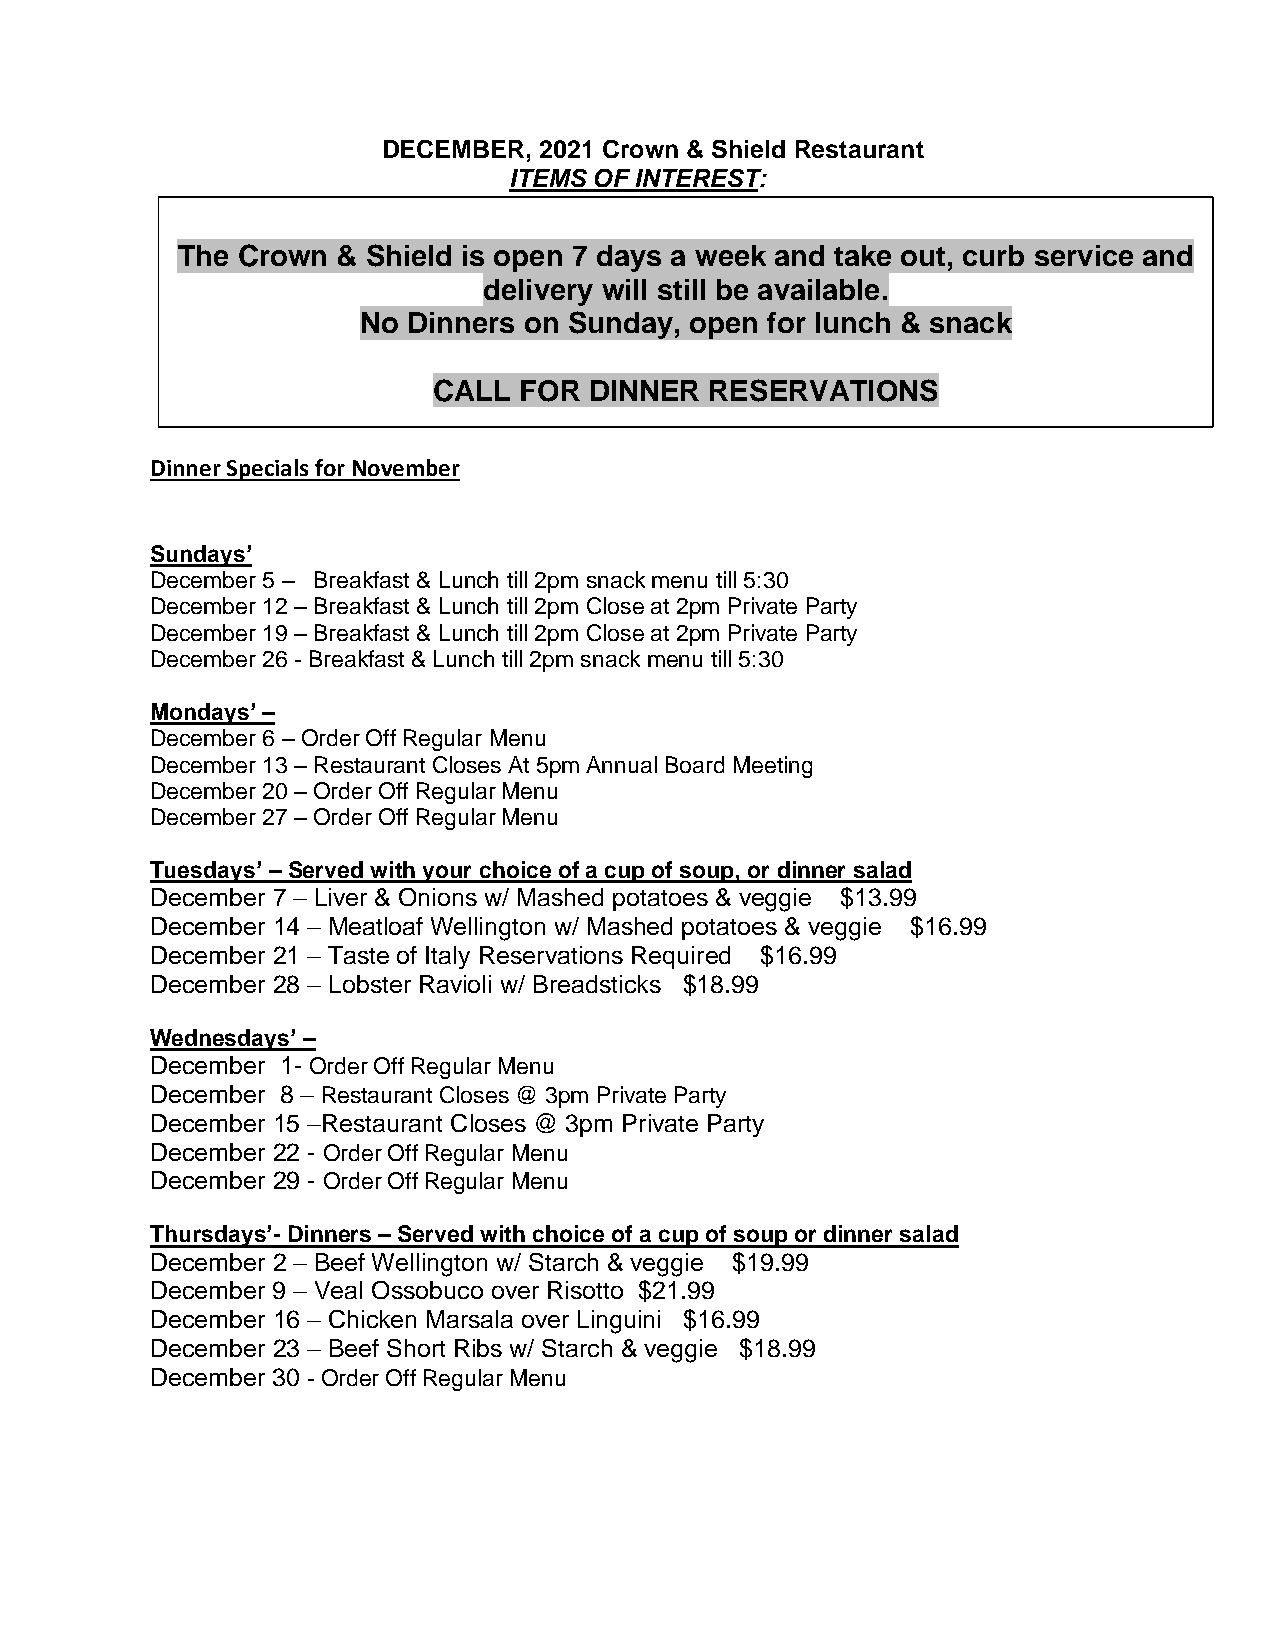
DECEMBER,  2021 Crown & Shield Restaurant
 ITEMS OF INTEREST:
 The Crown & Shield is open 7 days a week and take out, curb service and
 delivery wil l still be available.
 No Dinners on Sund ay, open for lunch & snack
 CALL FOR  DINNER  RESERVATIONS
 Dinner Specials for November
 Sundays’
 December 5 – Breakfast & Lunch till 2pm snack menu till 5:30
 December 12 – Breakfast & Lunch till 2pm Close at 2pm Private Party
 December 19 – Breakfast & Lunch till 2pm Close at 2pm Private Party
 December 26 - Breakfast & Lunch till 2pm snack menu till 5:30
 Mondays’ –
 December 6 – Order Off Regular Menu
 December 13 – Restaurant Closes At 5pm Annual Board Meeting
 December 20 – Order Off Regular Menu
 December 27 – Order Off Regular Menu
 Tuesdays’ – Served with your choice of a cup of soup, or dinner salad
 December 7 – Liver & Onions w/ Mashed potatoes & veggie $13.99
 December 14 – Meatloaf Wellington w/ Mashed potatoes & veggie $16.99
 December 21 – Taste of Italy Reservations Required $16.99
 December 28 – Lobster Ravioli w/ Breadsticks $18.99
 Wednesdays’ –
 December 1- Order Off Regular Menu
 December 8 – Restaurant Closes @ 3pm Private Party
 December 15 –Restaurant Closes @ 3pm Private Party
 December 22 - Order Off Regular Menu
 December 29 - Order Off Regular Menu
 Thursdays’- Dinners – Served with choice of a cup of soup or dinner salad
 December 2 – Beef Wellington w/ Starch & veggie $19.99
 December 9 – Veal Ossobuco over Risotto $21.99
 December 16 – Chicken Marsala over Linguini $16.99
 December 23 – Beef Short Ribs w/ Starch & veggie $18.99
 December 30 - Order Off Regular Menu